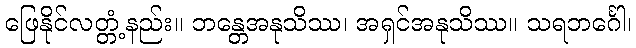
ဖြေနိုင်လတ္တံ့နည်း။ ဘန္တေအနုသိဿ၊ အရှင်အနုသိဿ။ သရဘင်္ဂေါ၊